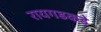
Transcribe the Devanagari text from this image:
रायगडकडे